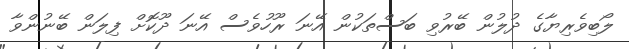
ލޯބިވެރިޔާގެ ދުލުން ބޭރުވި ބަސްތަކުން އޭނަ ރޫހުވެސް އޭނަ ދޫކޮށް ފިލަން ބޭނުންވާ